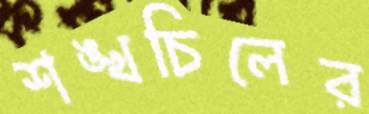
শঙ্খচিলের